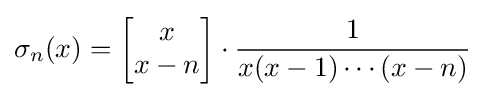
\sigma _{n}(x)=\left[{\begin{matrix}x\\x-n\end{matrix}}\right]\cdot {\frac {1}{x(x-1)\cdots (x-n)}}